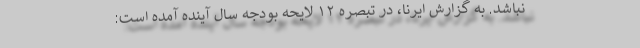
نباشد. به گزارش ایرنا، در تبصره ۱۲ لایحه بودجه سال آینده آمده است: